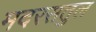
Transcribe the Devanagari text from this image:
मदरसतुल